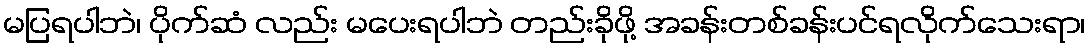
မပြရပါဘဲ၊ ပိုက်ဆံ လည်း မပေးရပါဘဲ တည်းခိုဖို့ အခန်းတစ်ခန်းပင်ရလိုက်သေးရာ၊